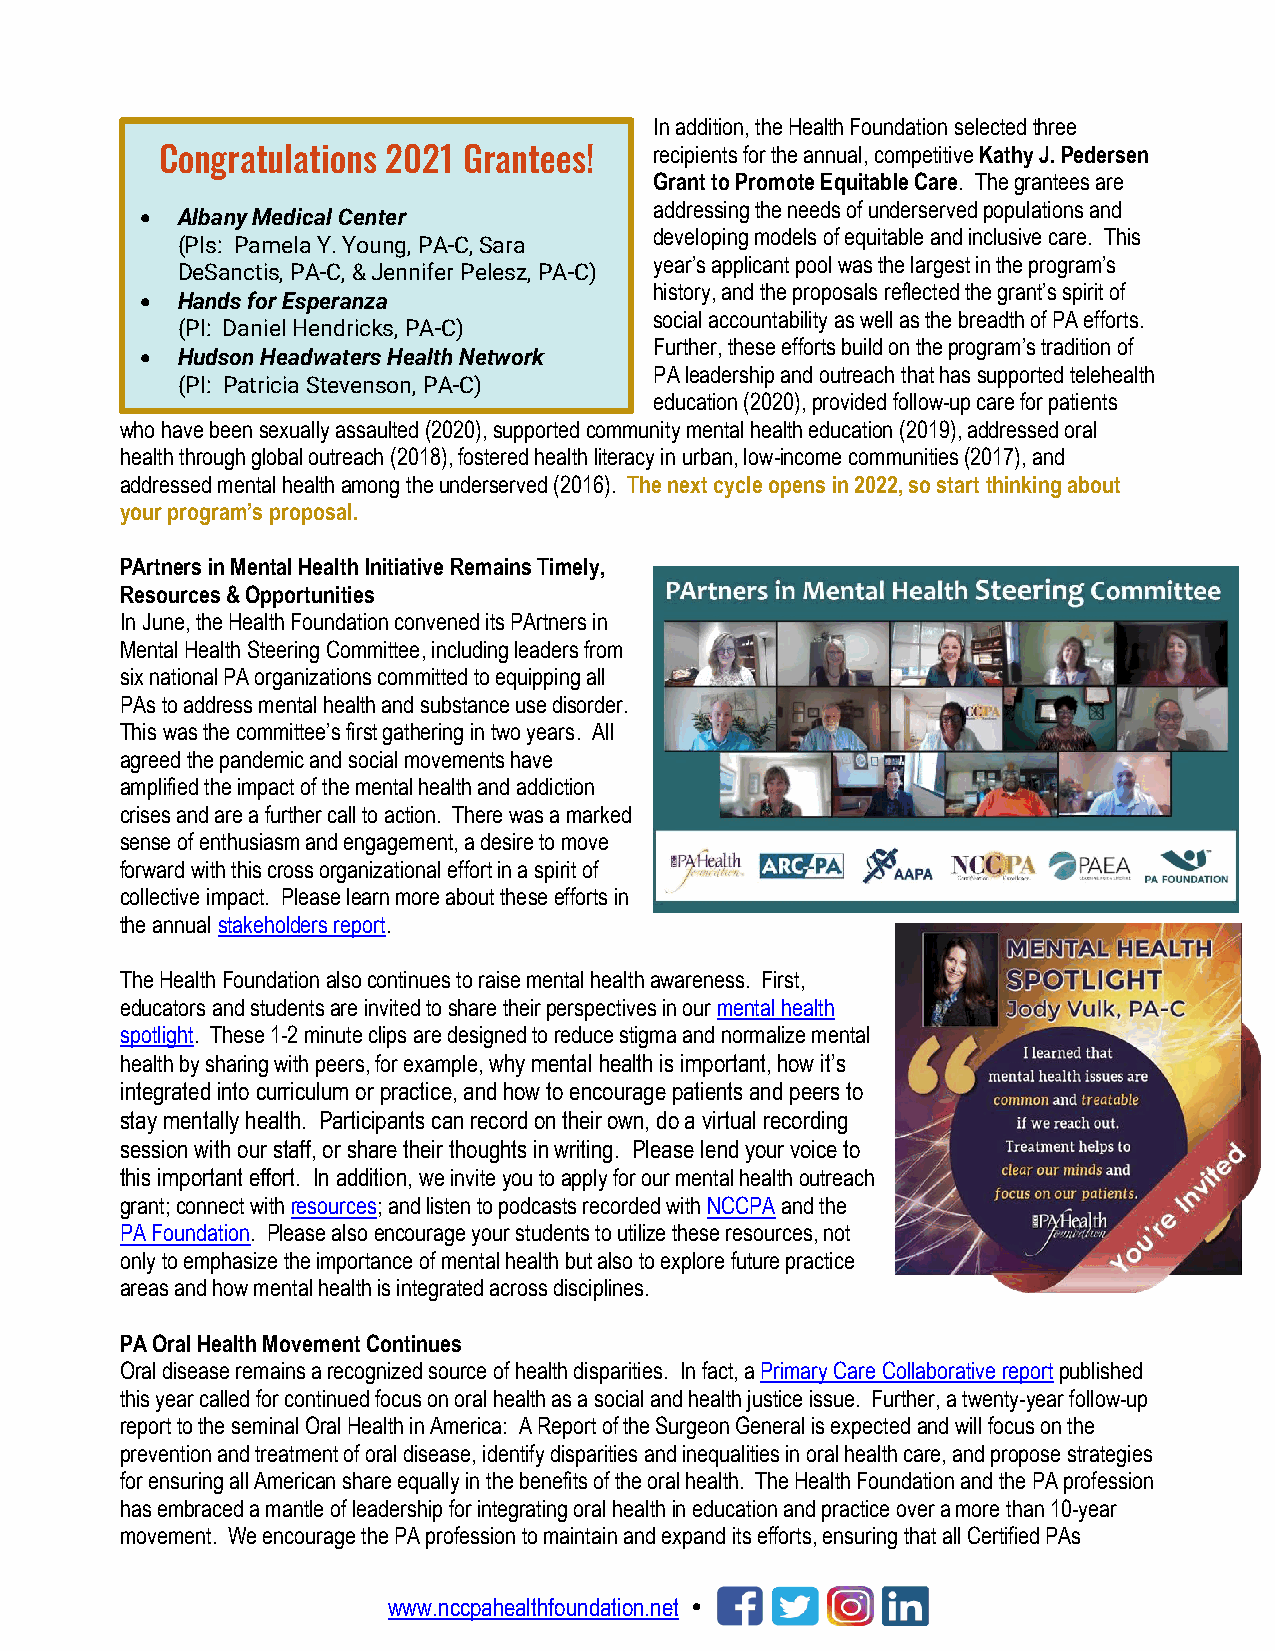
In addition, the Health Foundation selected three
 Congratulations 2021 Grantees!  recipients for the annual, competitive Kathy J. Pedersen
 Grant to Promote Equitable Care. The grantees are
 addressing the needs of underserved populations and
 •  Albany Medical Center
 developing models of equitable and inclusive care. This
 (PIs: Pamela Y. Young, PA-C, Sara
 year’s applicant pool was the largest in the program’s
 DeSanctis, PA-C, & Jennifer Pelesz, PA-C)
 history, and the proposals reflected the grant’s spirit of
 •  Hands for Esperanza
 social accountability as well as the breadth of PA efforts.
 (PI: Daniel Hendricks, PA-C)
 Further, these efforts build on the program’s tradition of
 •  Hudson Headwaters Health Network
 PA leadership and outreach that has supported telehealth
 (PI: Patricia Stevenson, PA-C)
 education (2020), provided follow-up care for patients
 who have been sexually assaulted (2020), supported community mental health education (2019), addressed oral
 health through global outreach (2018), fostered health literacy in urban, low-income communities (2017), and
 addressed mental health among the underserved (2016). The next cycle opens in 2022, so start thinking about
 your program’s proposal.
 PArtners in Mental Health Initiative Remains Timely,
 Resources & Opportunities
 In June, the Health Foundation convened its PArtners in
 Mental Health Steering Committee, including leaders from
 six national PA organizations committed to equipping all
 PAs to address mental health and substance use disorder.
 This was the committee’s first gathering in two years. All
 agreed the pandemic and social movements have
 amplified the impact of the mental health and addiction
 crises and are a further call to action. There was a marked
 sense of enthusiasm and engagement, a desire to move
 forward with this cross organizational effort in a spirit of
 collective impact. Please learn more about these efforts in
 the annual stakeholders report.
 The Health Foundation also continues to raise mental health awareness. First,
 educators and students are invited to share their perspectives in our mental health
 spotlight. These 1-2 minute clips are designed to reduce stigma and normalize mental
 health by sharing with peers, for example, why mental health is important, how it’s
 integrated into curriculum or practice, and how to encourage patients and peers to
 stay mentally health. Participants can record on their own, do a virtual recording
 session with our staff, or share their thoughts in writing. Please lend your voice to
 this important effort. In addition, we invite you to apply for our mental health outreach
 grant; connect with resources; and listen to podcasts recorded with NCCPA and the
 PA Foundation. Please also encourage your students to utilize these resources, not
 only to emphasize the importance of mental health but also to explore future practice
 areas and how mental health is integrated across disciplines.
 PA Oral Health Movement Continues
 Oral disease remains a recognized source of health disparities. In fact, a Primary Care Collaborative report published
 this year called for continued focus on oral health as a social and health justice issue. Further, a twenty-year follow-up
 report to the seminal Oral Health in America: A Report of the Surgeon General is expected and will focus on the
 prevention and treatment of oral disease, identify disparities and inequalities in oral health care, and propose strategies
 for ensuring all American share equally in the benefits of the oral health. The Health Foundation and the PA profession
 has embraced a mantle of leadership for integrating oral health in education and practice over a more than 10-year
 movement. We encourage the PA profession to maintain and expand its efforts, ensuring that all Certified PAs
 www.nccpahealthfoundation.net 